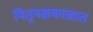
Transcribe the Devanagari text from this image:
पितृपक्षकाळात